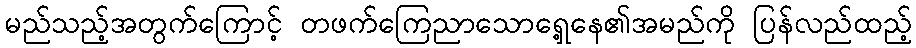
မည်သည့်အတွက်ကြောင့် တဖက်ကြေညာသောရှေ့နေ၏အမည်ကို ပြန်လည်ထည့်